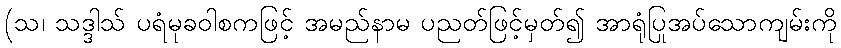
(သ၊ သဒ္ဒါသ် ပရံမုခဝါစကဖြင့် အမည်နာမ ပညတ်ဖြင့်မှတ်၍ အာရုံပြုအပ်သောကျမ်းကို